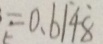
= 0 . 6 \dot { 1 } 4 \dot { 8 }